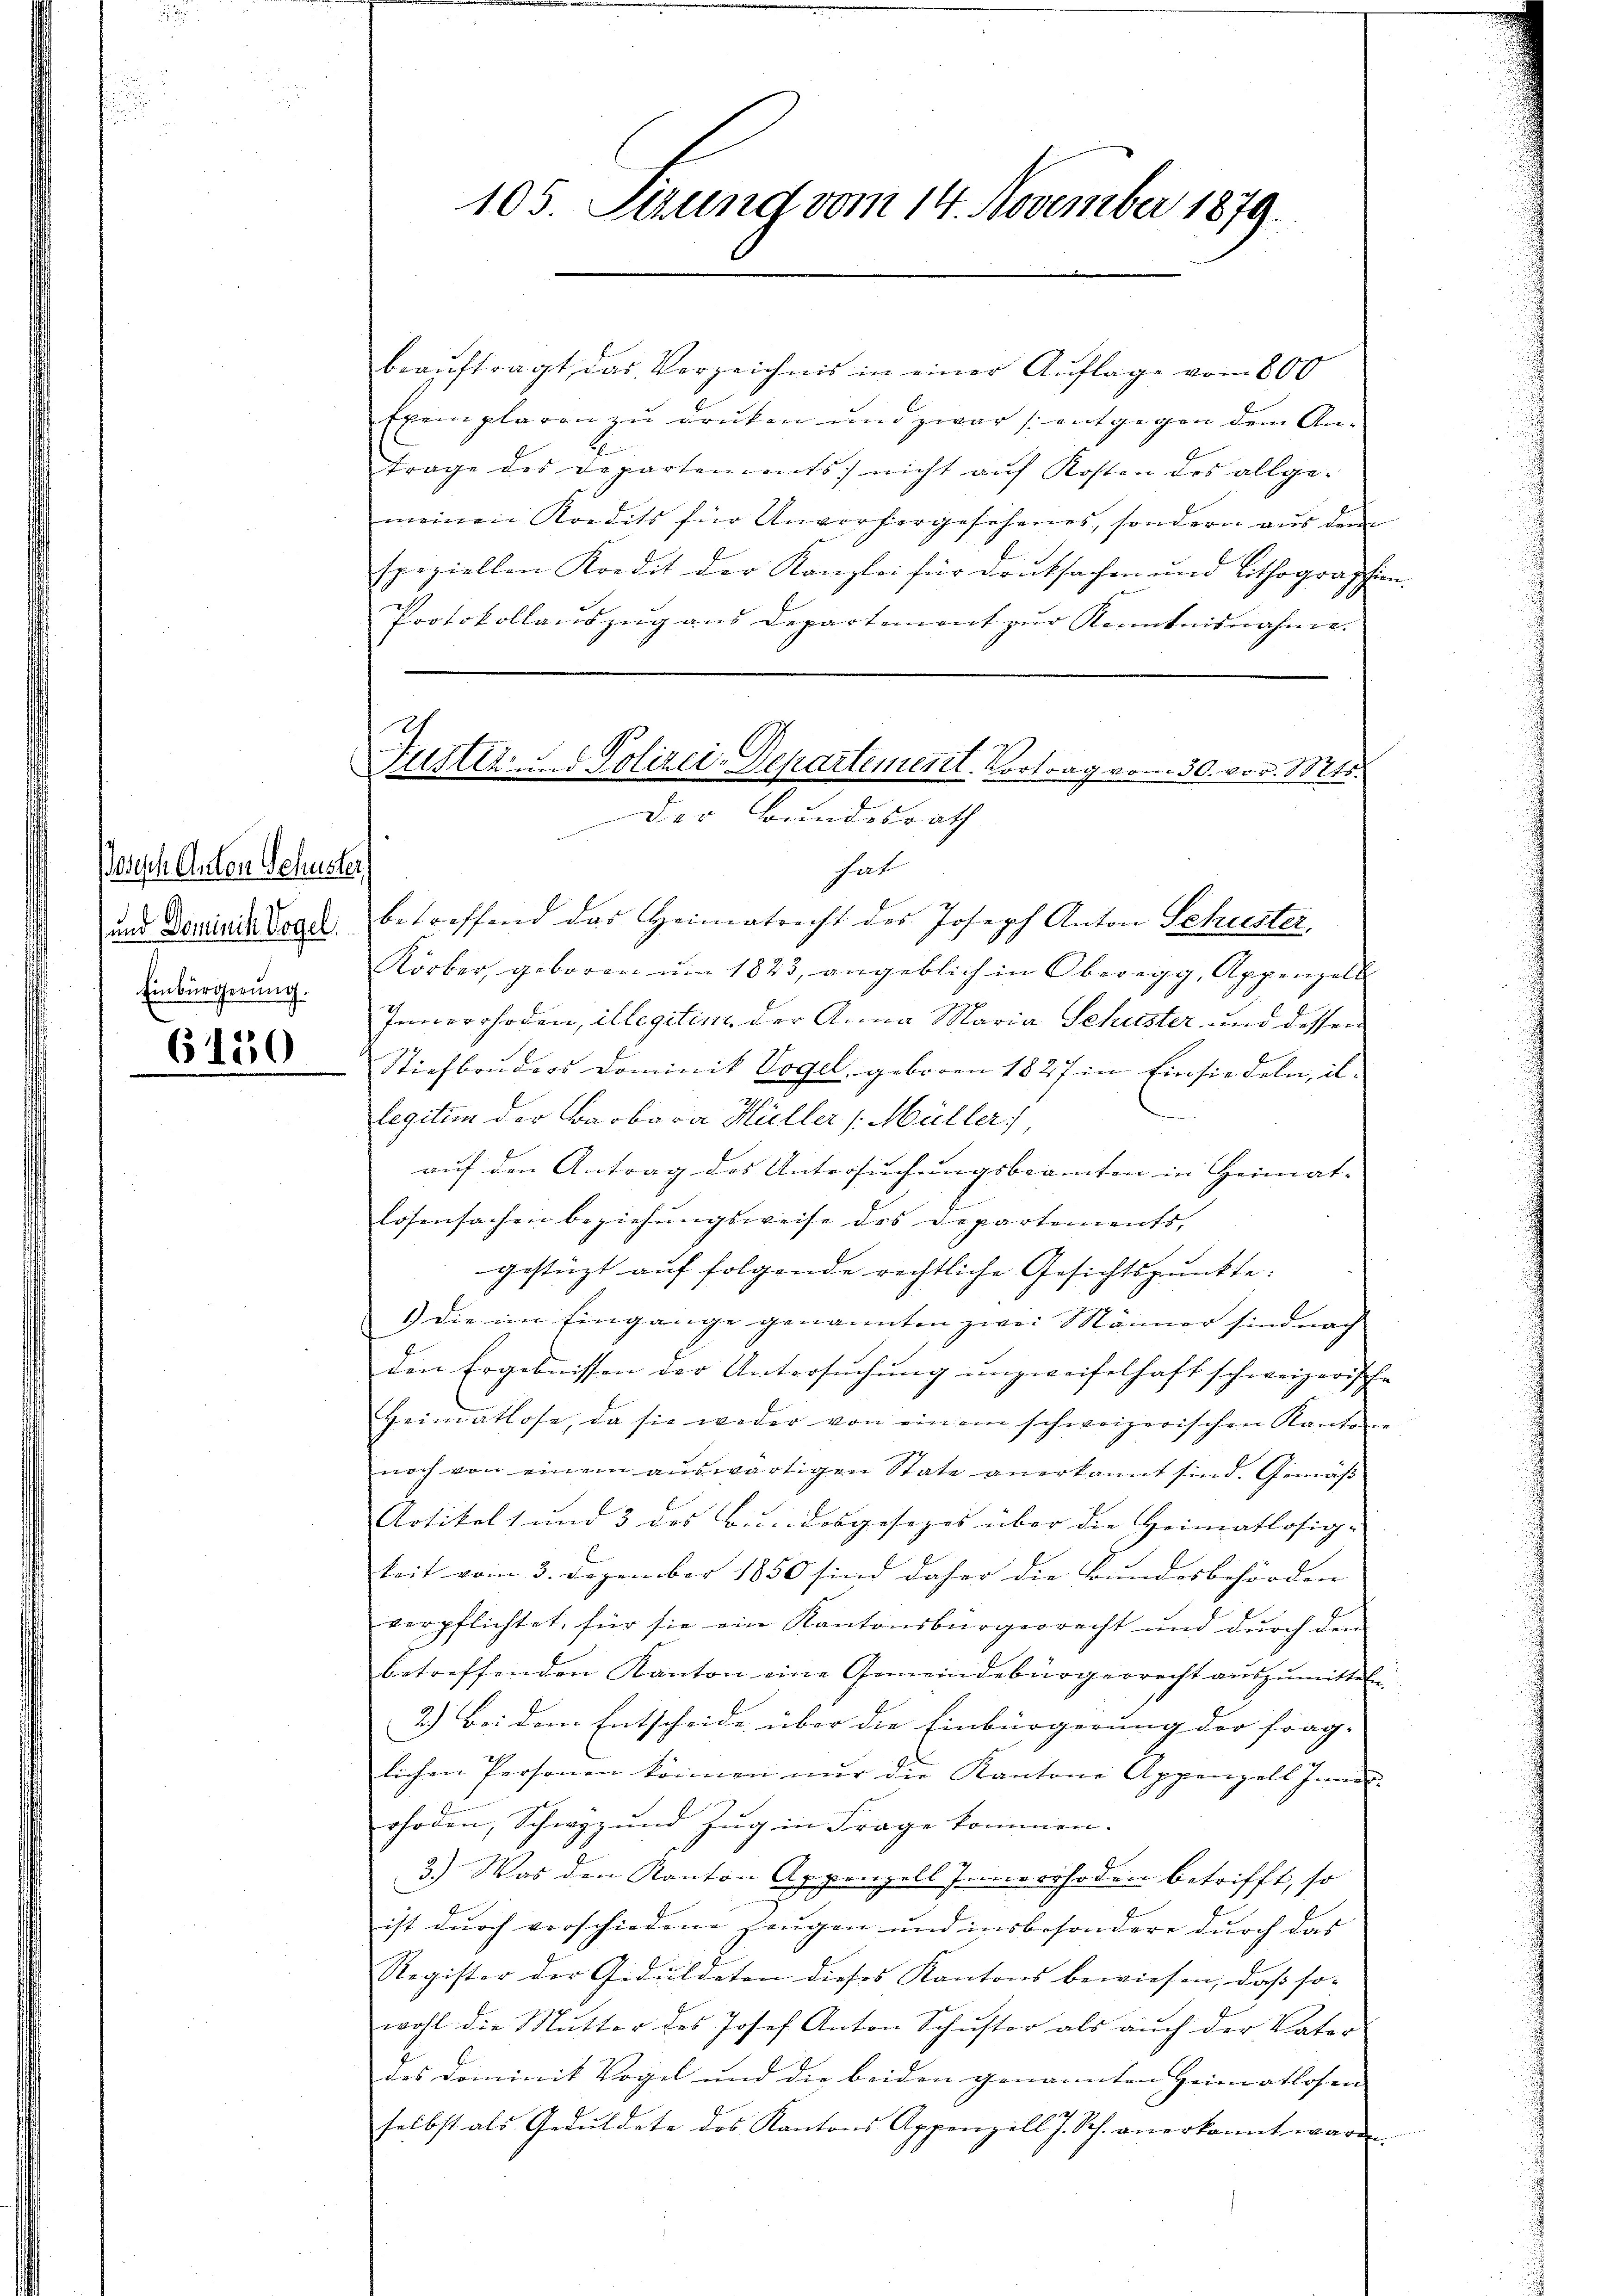
Posisch Anton Schuster,
Einbürgerung.
6130

105. Sizung vom 14. November 1879.

beaŭftragt das Verzeichnis in einer Auflage vom 800
Exemplaren zu druken und zwar (: entgegen dem Antrage des Departements) nicht auf Kosten des allgemeinen Kondits für Unvorhergesehenes, sondern aŭs dem
Epeziellen Kredit der Kanzlei für druksachen und Lithographien-
Protokollauszug aus Departement zur Kenntnisnahme. |
Justiz- & Polizei-Departement. Vortrag vom 30. vor. Mts.
Der Bundesrath

hat
und Doreiner Vogl. betreffend das Heimatrecht des Joseph Anton Schuster,
Körber, geboren ŭm 1823, angeblich in Oberegg, Appenzell
Innerrhoden, illegitime der Anna Maria Schuster und dessen
Stiefbruders Dominik Vogel geboren 1827 in Einsiedeln, il¬
.
legitim der Barbara Müller Müller
auf den Antrag des Untersuchungsbeamten in Heimat-
lösensachen beziehungsweise des Departements,
gestüzt auf folgende rechtliche Gesichtspunkte:
1) die im Eingange genannten zwei Männer sind nach
den Ergebnissen der Untersuchung unzweifelhaft schweizerische
Heimatlose, da sie weder von einem schweizerischen Kanton
noch von einem auswärtigen State anerkannt sind. Gemäß
Artikels und 3 des Bundesgesezes über die Heimatlosig-
keit vom 3. Dezember 1850 sind daher die Bundesbehörden
verpflichtet, für sie ein Kantonsbürgerrecht und durch den
betreffenden Kanton eine Gemeindebürgerrecht aŭszŭmitteln.
2.) Bei dem Entscheide über die Einbürgerung der frag-
lichen Personen können nur die Kantone Appenzell Inne
rhoden, Schwyz und Zug in Frage kommen.
4
3.) Was den Kanton Appenzell Innerrhoden betrifft, so
ist durch verschiedene Zeugen und insbesondere durch das
Register der Geduldeten dieses Kantons bewiesen, daß so-
wohl die Mutter des Josef Anton Schustor als auch der Vater
des Dominik Vogel und die beiden genannten Heimatlosen- |
selbst als Geduldete des Kantons Appenzell J. Sch. anerkannt waren.